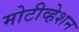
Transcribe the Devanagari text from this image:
मोटीव्हेशन